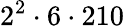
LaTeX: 2^{2}\cdot 6\cdot 210